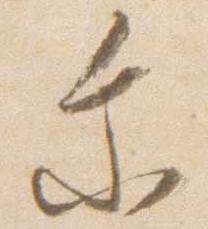
乗